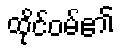
ထိုင်ဝမ်၏